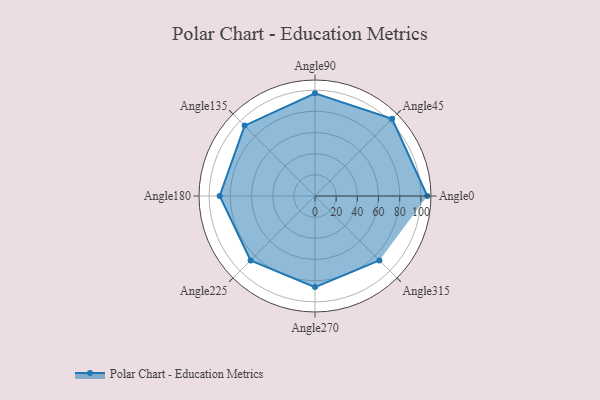
{"axis": {"x": "Angle", "y": "Radius"}, "legend": [""], "data": [{"x": "Angle0", "y": 106.0, "type": ""}, {"x": "Angle45", "y": 103.0, "type": ""}, {"x": "Angle90", "y": 97.0, "type": ""}, {"x": "Angle135", "y": 94.0, "type": ""}, {"x": "Angle180", "y": 90.0, "type": ""}, {"x": "Angle225", "y": 86.0, "type": ""}, {"x": "Angle270", "y": 86.0, "type": ""}, {"x": "Angle315", "y": 86.0, "type": ""}]}